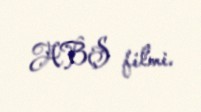
ABŞ filmi.